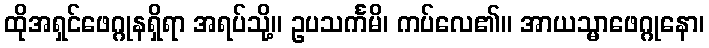
ထိုအရှင်ဖေဂ္ဂုနရှိရာ အရပ်သို့။ ဥပသင်္ကမိ၊ ကပ်လေ၏။ အာယသ္မာဖေဂ္ဂုနော၊